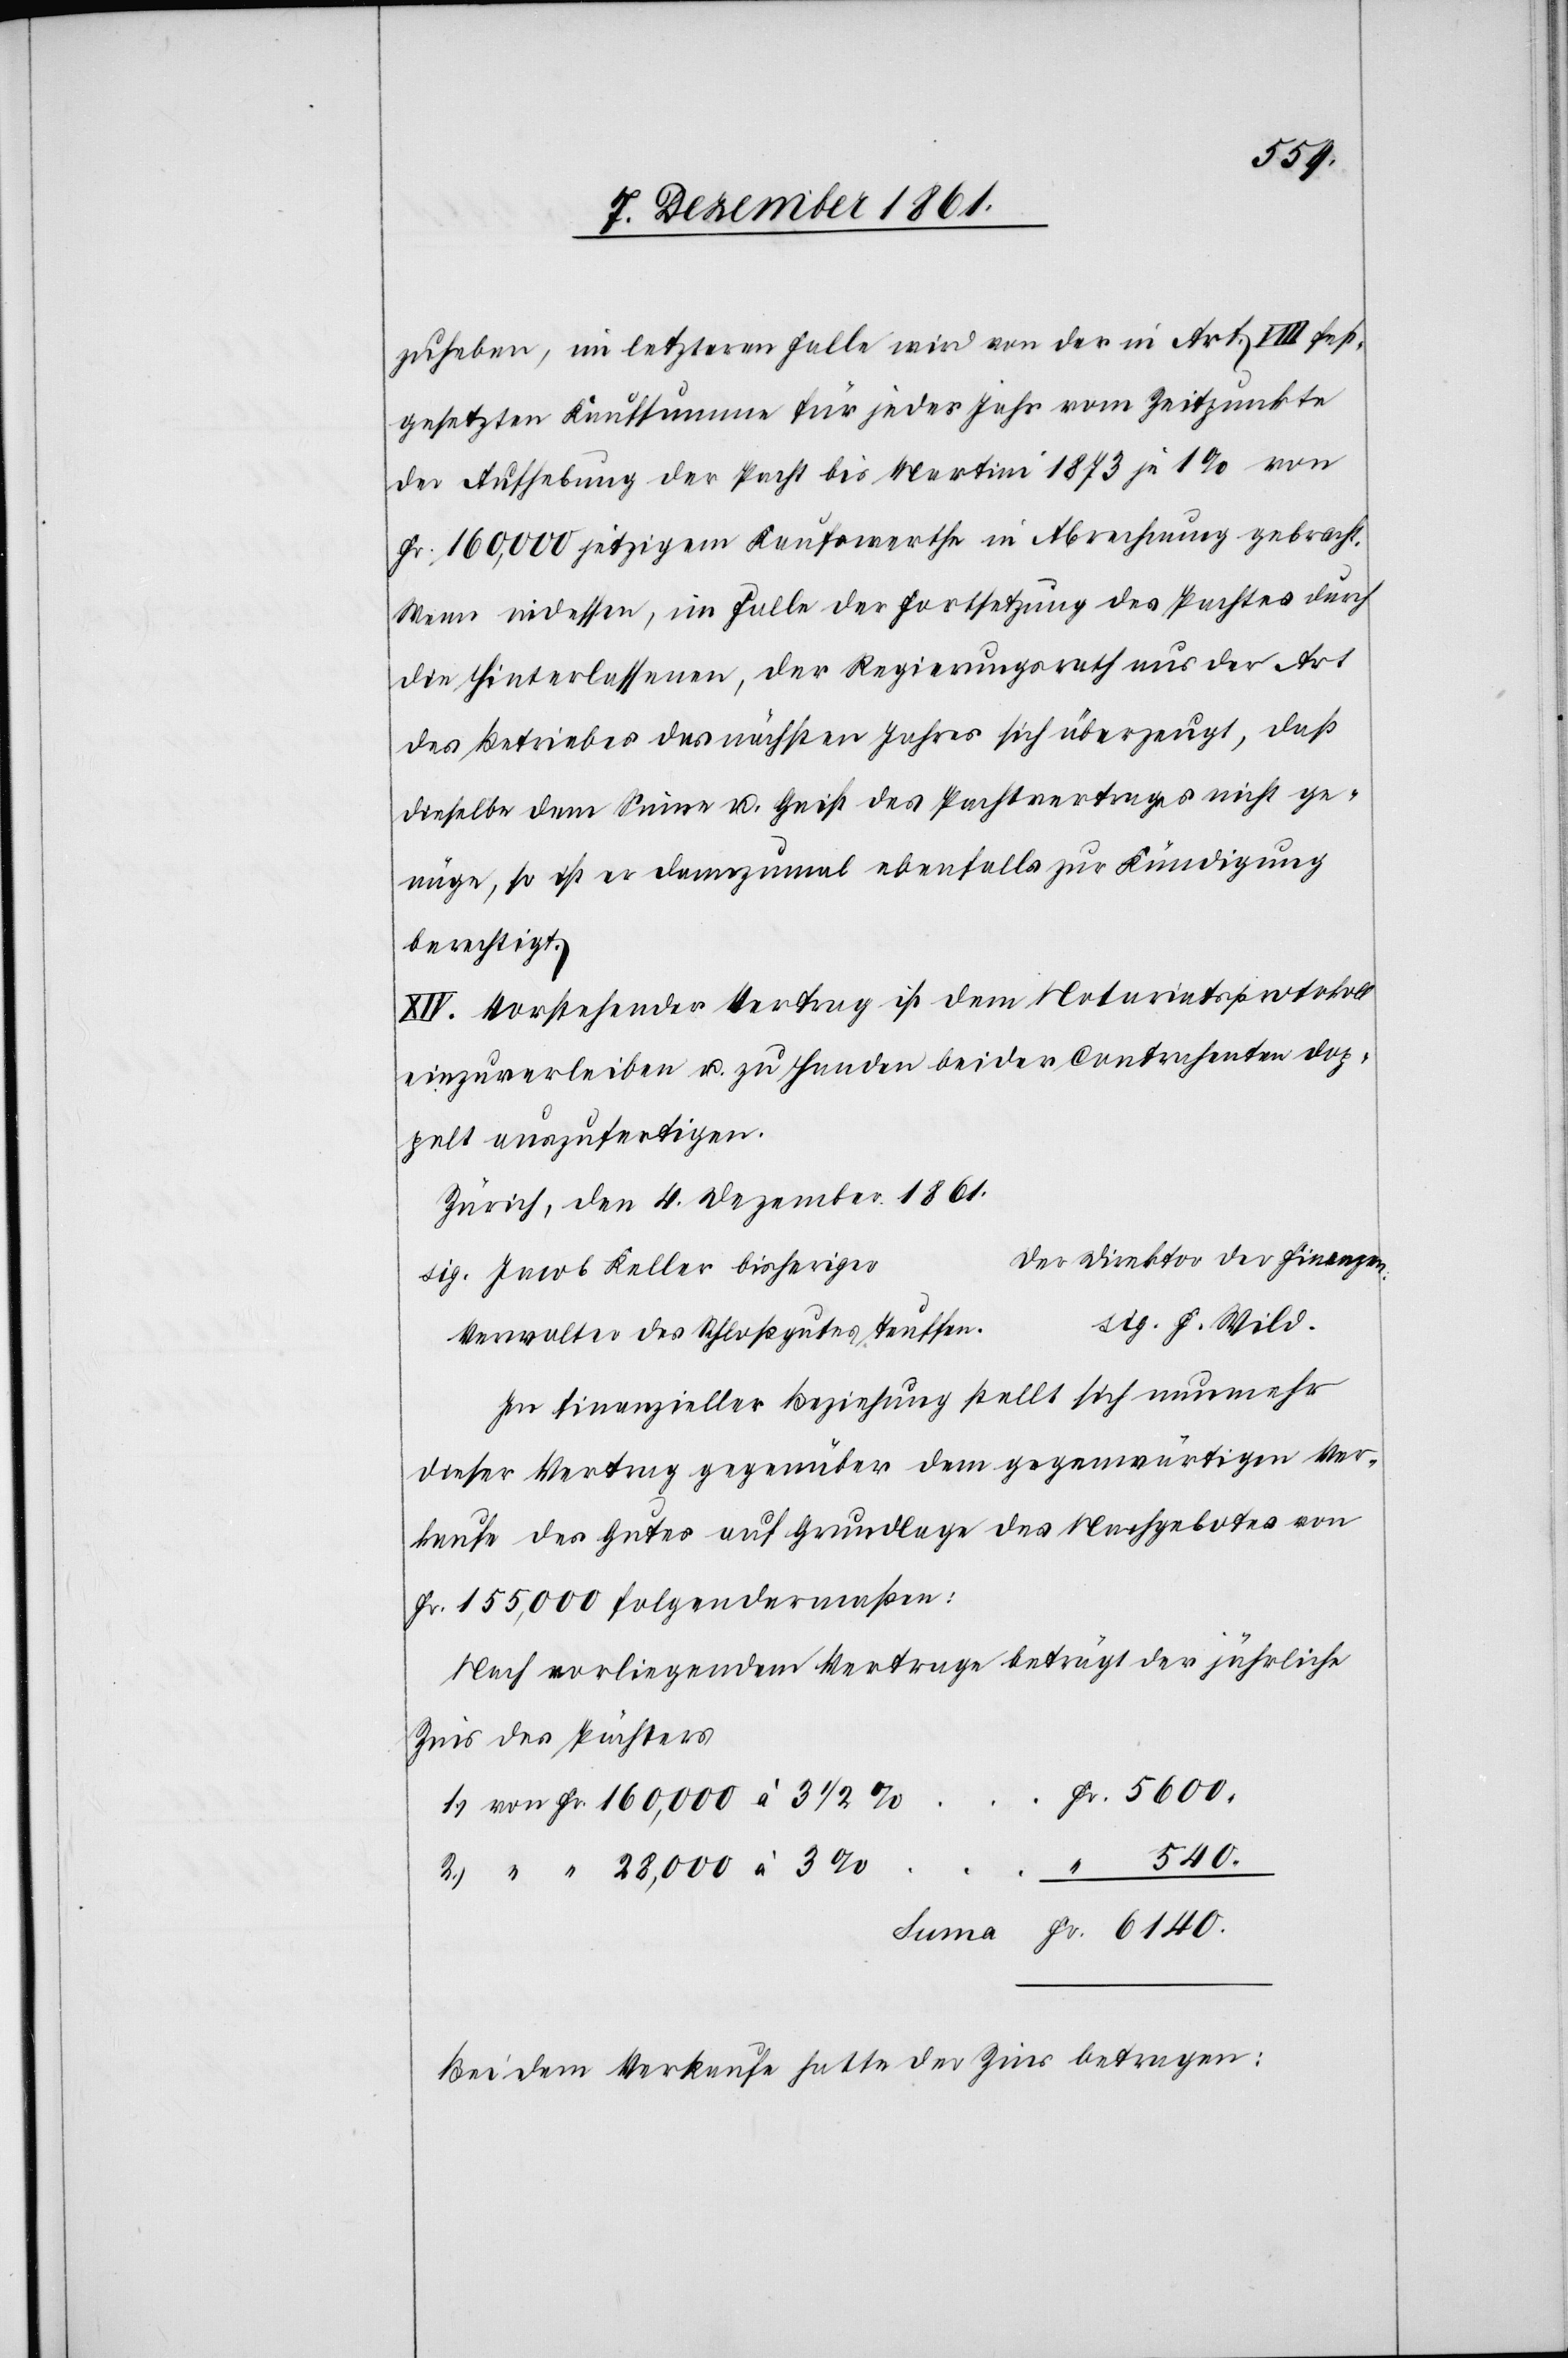
zuheben, im letzteren Falle wird von der in Art. VIII fest¬
gesetzten Kaufsumme für jedes Jahr vom Zeitpunkte
der Aufhebung der Pacht bis Martini 1873 je 1% von
Fr. 160,000 jetzigem Kaufwerthe in Abrechnung gebracht.
Wenn indessen, im Falle der Fortsetzung des Pachtes durch
die Hinterlassenen, der Regierungsrath aus der Art
des Betriebes des nächsten Jahres sich überzeugt, daß
dieselbe dem Sinne u. Geist des Pachtvertrages nicht ge¬
nüge, so ist er dannzumal ebenfalls zur Kündigung
berechtigt.
XIV. Vorstehender Vertrag ist dem Notariatsprotokoll
einzuverleiben u. zu Handen beider Contrahenten dop¬
pelt auszufertigen.
Zürich, den 4 Dezember 1861.
er Direktor der Finanzen.
sig. Jacob Keller bisherige¬
ig. F. Wild.
Verwalter des Schloßgutes Teuffe¬
In finanzieller Beziehung stellt sich nunmehr
dieser Vertrag gegenüber dem gegenwärtigen Ver¬
kaufe des Gutes auf Grundlage des Nachgebotes von
Fr. 155,000 folgendermaßen:
Nach vorliegendem Vertrage beträgt der jährliche
Zins des Pächters
Fr. 5600.
Fr. 6140.
von Fr. 160,000 à 3 1/2 %
Bei dem Verkaufe hatte der Zins betragen: